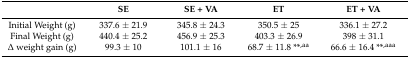
<table><thead><tr><td></td><td><b>SE</b></td><td><b>SE + VA</b></td><td><b>ET</b></td><td><b>ET + VA</b></td></tr></thead><tbody><tr><td>Initial Weight (g)</td><td>337.6 ± 21.9</td><td>345.8 ± 24.3</td><td>350.5 ± 25</td><td>336.1 ± 27.2</td></tr><tr><td>Final Weight (g)</td><td>440.4 ± 25.2</td><td>456.9 ± 25.3</td><td>403.3 ± 26.9</td><td>398 ± 31.1</td></tr><tr><td>Δ weight gain (g)</td><td>99.3 ± 10</td><td>101.1 ± 16</td><td>68.7 ± 11.8 **<sup>,aa</sup></td><td>66.6 ± 16.4 **<sup>,aaa</sup></td></tr></tbody></table>